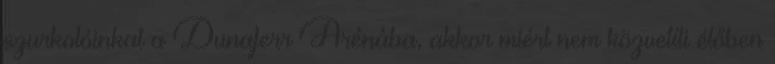
szurkolóinkat a Dunaferr Arénába, akkor miért nem közvetíti élőben